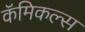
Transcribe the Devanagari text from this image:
कॅमिकल्स